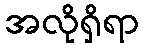
အလိုရှိရာ